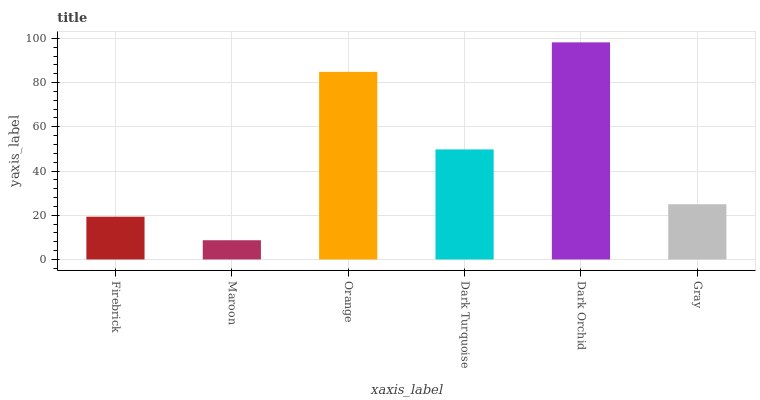
| xaxis_label | bars |
 | --- | --- |
 | Firebrick | 19.3 |
 | Maroon | 8.7 |
 | Orange | 84.9 |
 | Dark Turquoise | 49.8 |
 | Dark Orchid | 98.2 |
 | Gray | 25 |